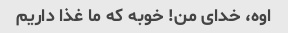
اوه، خدای من! خوبه که ما غذا داریم